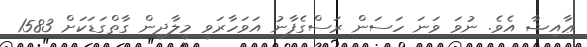
ޢާއިޝާ އެވެ. ނުވަ ވަނަ ހަސަން ރަސްގެފާނު އަވަހާރަވީ މީލާދީން ގާތްގަޑަކަށް 1583